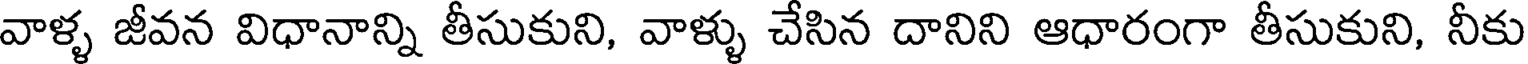
వాళ్ళ జీవన విధానాన్ని తీసుకుని, వాళ్ళు చేసిన దానిని ఆధారంగా తీసుకుని, నీకు